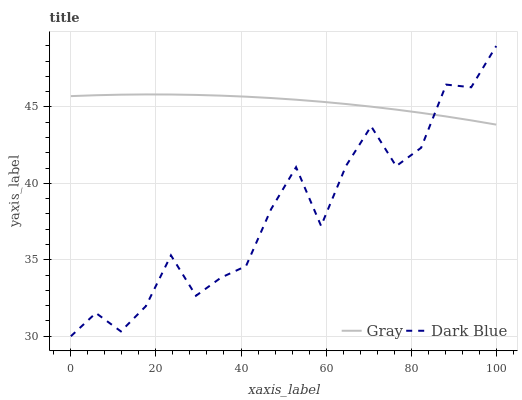
| xaxis_label | Gray | Dark Blue |
 | --- | --- | --- |
 | 0 | 45.7 | 30 |
 | 5.88 | 45.8 | 31.5 |
 | 11.8 | 45.8 | 30.3 |
 | 17.6 | 45.8 | 32 |
 | 23.5 | 45.8 | 35.3 |
 | 29.4 | 45.8 | 32.6 |
 | 35.3 | 45.7 | 33.8 |
 | 41.2 | 45.7 | 34.6 |
 | 47.1 | 45.6 | 38.3 |
 | 52.9 | 45.5 | 41.1 |
 | 58.8 | 45.3 | 37.2 |
 | 64.7 | 45.2 | 41.2 |
 | 70.6 | 45 | 43.7 |
 | 76.5 | 44.8 | 41.1 |
 | 82.4 | 44.6 | 42.3 |
 | 88.2 | 44.4 | 46.5 |
 | 94.1 | 44.1 | 46.3 |
 | 100 | 43.8 | 49 |